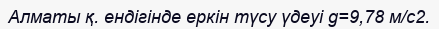
Алматы қ. ендігінде еркін түсу үдеуі g=9,78 м/с2.